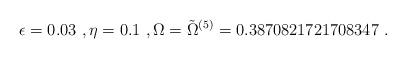
LaTeX: \begin{align*}\epsilon=0.03\ ,\eta=0.1\ ,\Omega=\tilde\Omega^{(5)}=0.3870821721708347\ .\end{align*}